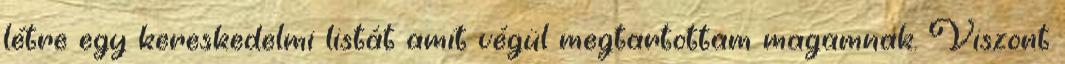
létre egy kereskedelmi listát amit végül megtartottam magamnak. Viszont